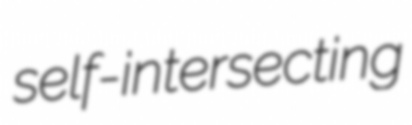
self-intersecting